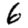
Digit: 6